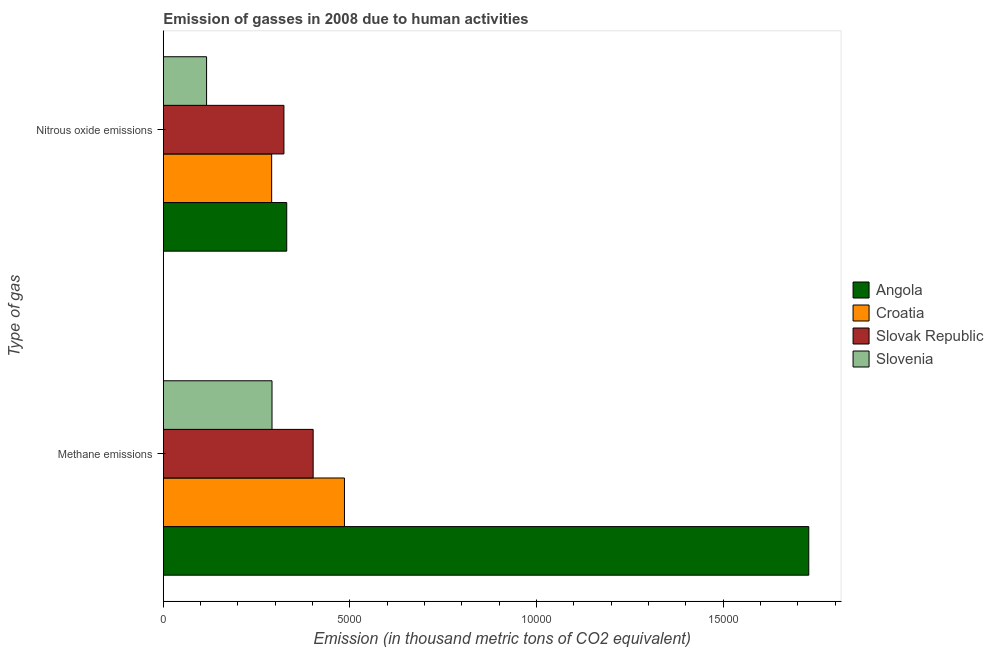
| Type of gas | Angola | Croatia | Slovak Republic | Slovenia |
 | --- | --- | --- | --- | --- |
 | Methane emissions | 1.73e+04 | 4.85e+03 | 4.01e+03 | 2.91e+03 |
 | Nitrous oxide emissions | 3.31e+03 | 2.9e+03 | 3.23e+03 | 1.16e+03 |